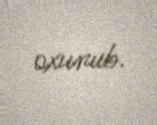
oxunub.